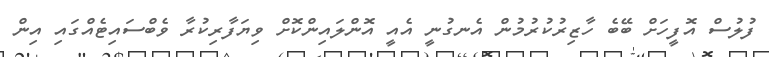
ފުލުސް އޮފީހަށް ބޭބެ ހާޒިރުކުރުމުން އެނގުނީ އެއީ އޮންލައިންކޮށް ވިޔަފާރިކުރާ ވެބްސައިޓެއްގައި އިން